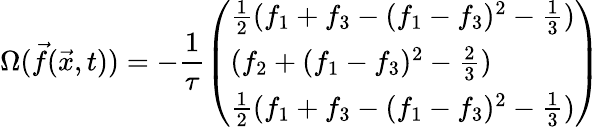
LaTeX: {\Omega}(\vec{f}(\vec{x},t))=-\frac{1}{\tau}\left(\begin{array}{l}{\frac{1}{2}(f_{1}+f_{3}-(f_{1}-f_{3})^{2}-\frac{1}{3})}\\ {(f_{2}+(f_{1}-f_{3})^{2}-\frac{2}{3})}\\ {\frac{1}{2}(f_{1}+f_{3}-(f_{1}-f_{3})^{2}-\frac{1}{3})}\end{array}\right)